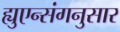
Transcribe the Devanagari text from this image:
ह्युएन्संगनुसार